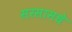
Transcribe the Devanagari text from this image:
सरसामधे